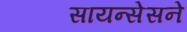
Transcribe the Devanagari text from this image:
सायन्सेसने